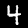
Label: 4